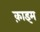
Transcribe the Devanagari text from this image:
क़ाइम